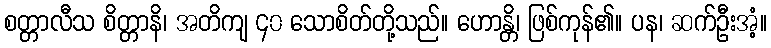
စတ္တာလီသ စိတ္တာနိ၊ အတိကျ ၄၀ သောစိတ်တို့သည်။ ဟောန္တိ၊ ဖြစ်ကုန်၏။ ပန၊ ဆက်ဦးအံ့။